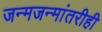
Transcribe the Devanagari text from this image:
जन्मजन्मांतरीही